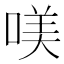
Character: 𠸍